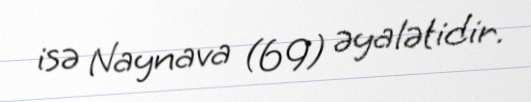
isə Naynava (69) əyalətidir.